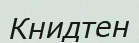
Книдтен